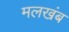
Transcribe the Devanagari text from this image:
मलखंब